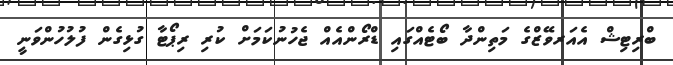
ބްރިޓިޝް އެއަރވޭޒްގެ މަތިންދާ ބޯޓެއްގައި ޑްރޯންއެއް ޖެހުނުކަމަށް ކުރި ރިޕޯޓާ ގުޅިގެން ފުލުހުންވަނީ